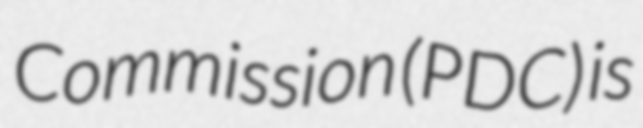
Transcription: Commission (PDC) is